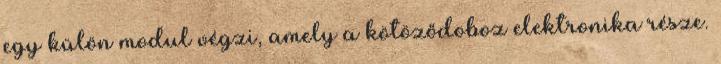
egy külön modul végzi, amely a kötöződoboz elektronika része.